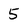
Character: 5